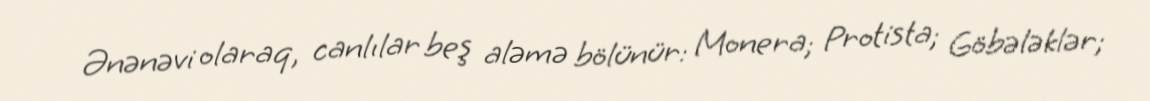
Ənənəvi olaraq, canlılar beş aləmə bölünür: Monera; Protista; Göbələklər;